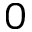
0